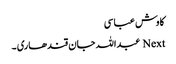
کاوش عباسی
Next عبداللہ جان قندھاری ۔